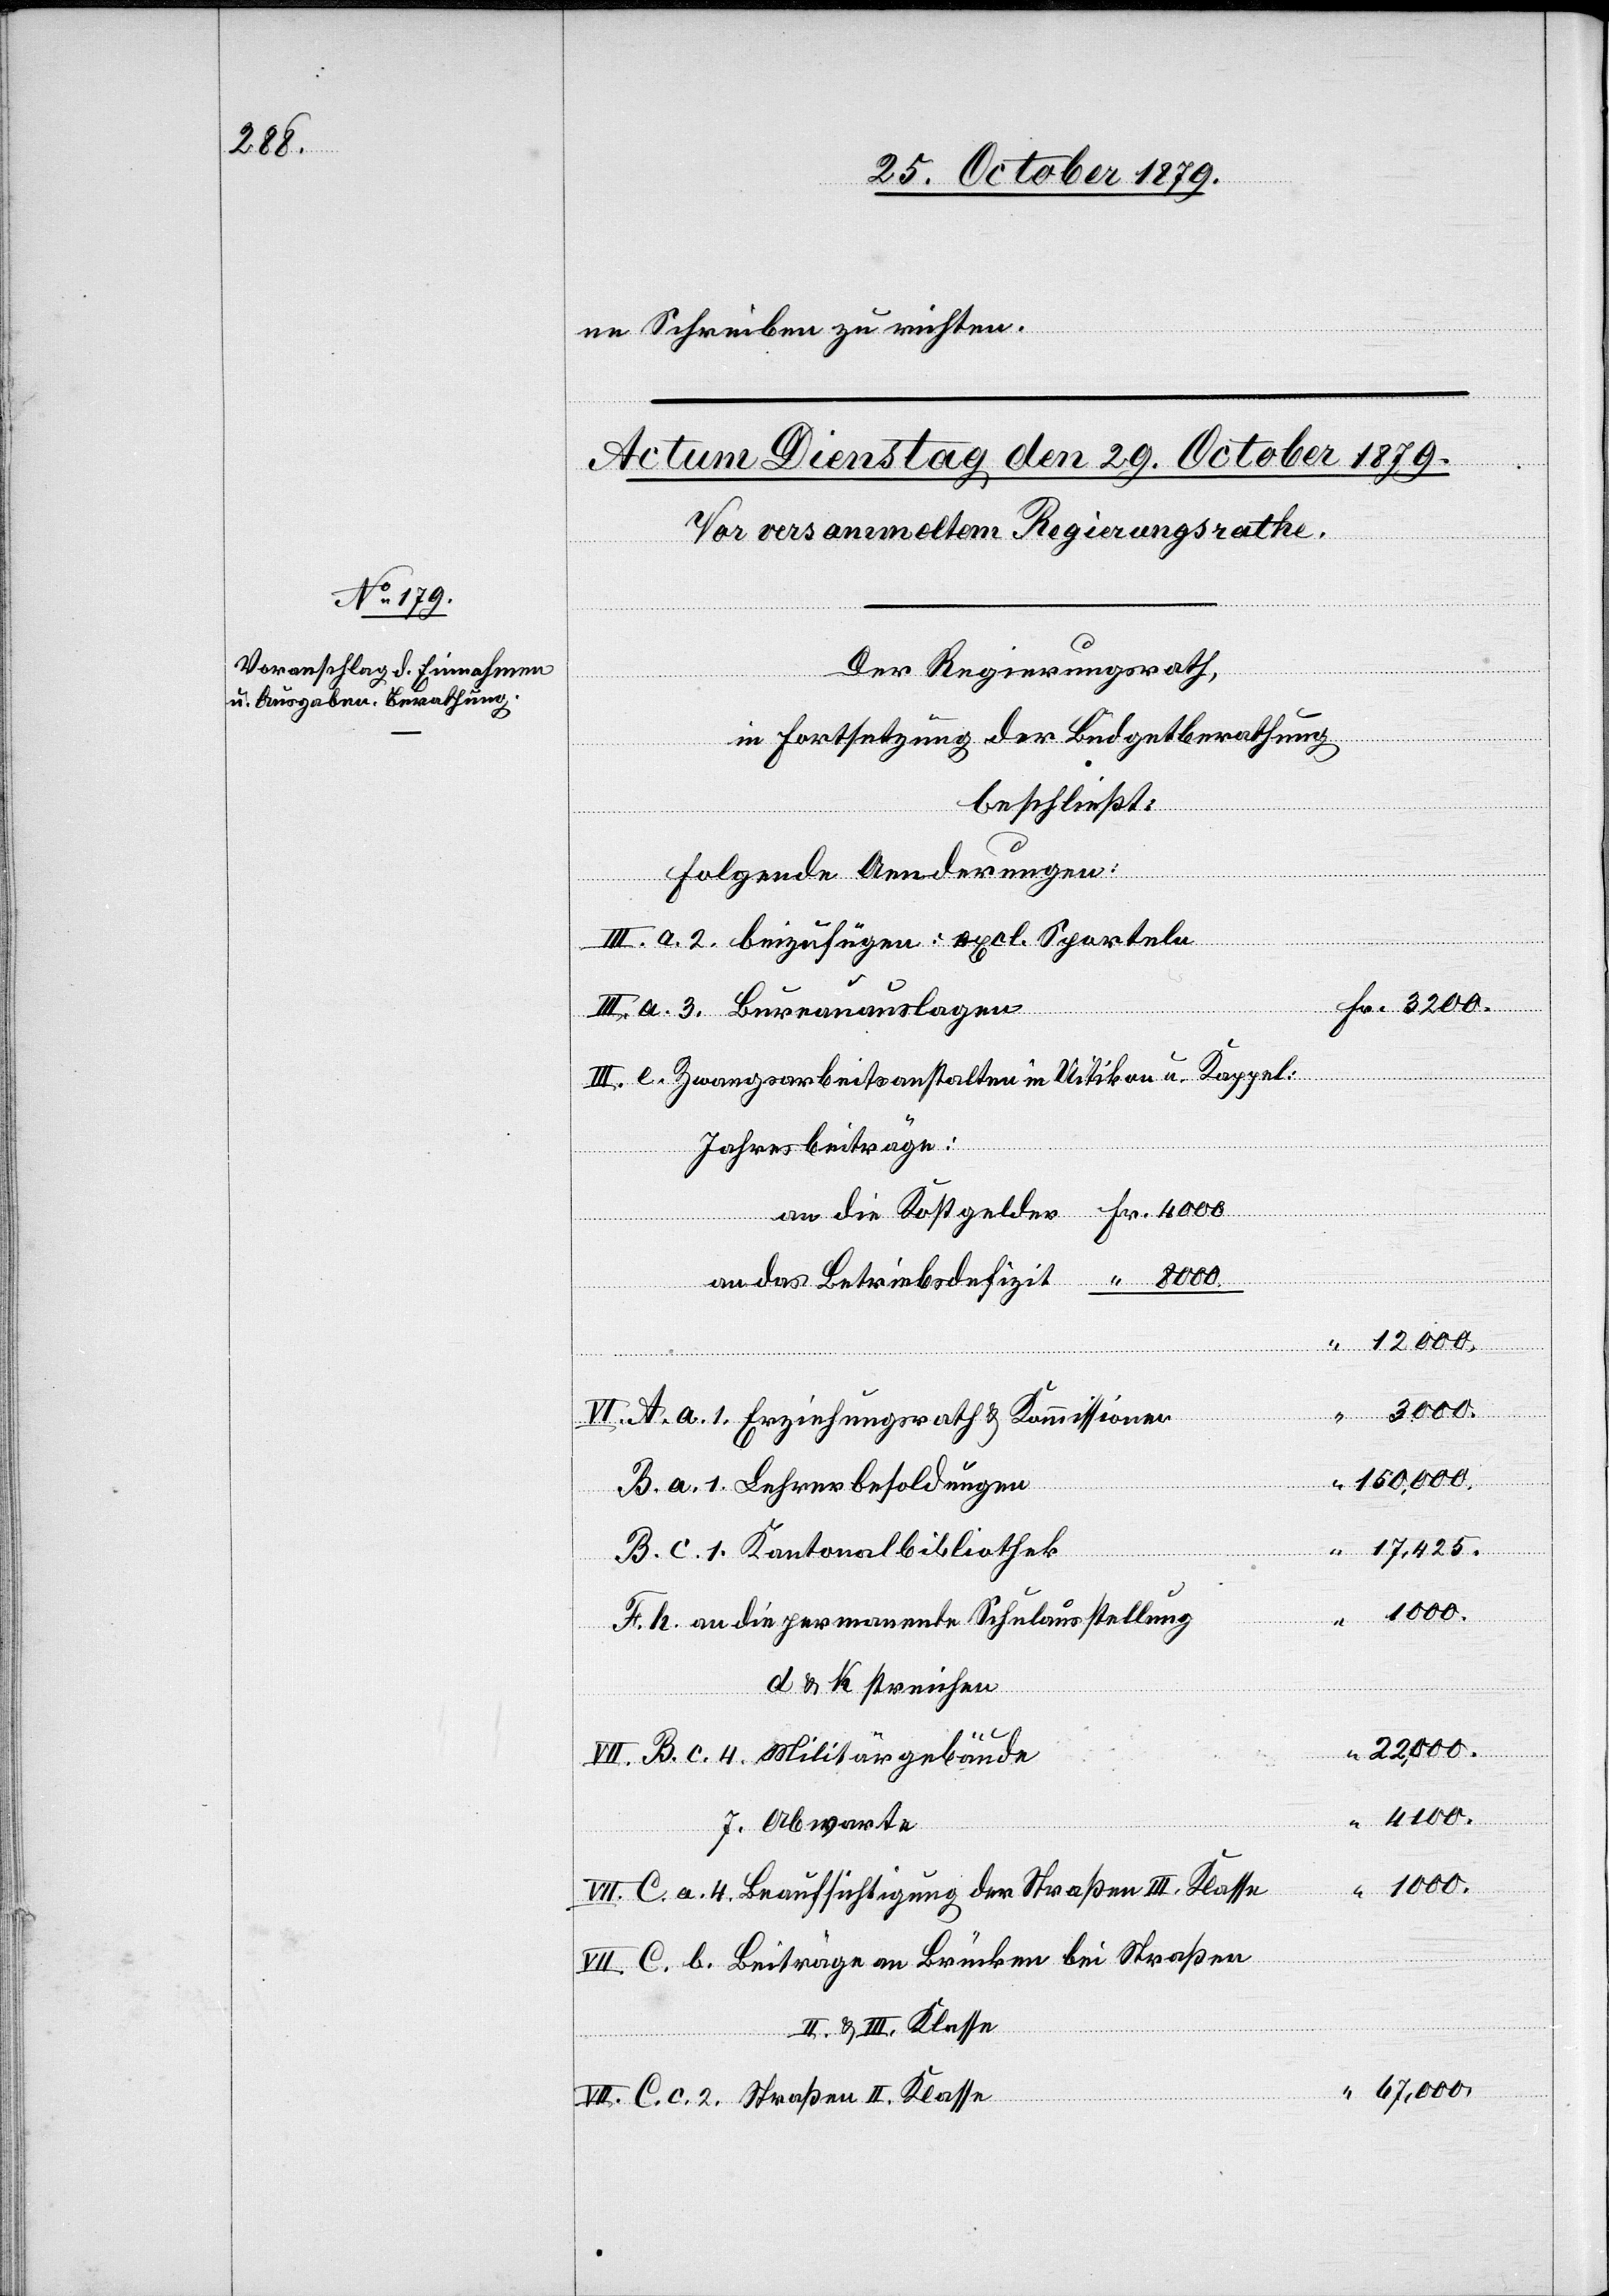
4100.

“
ne Schreiben zu richten.
Der Regierungsrath,
in Fortsetzung der Budgetberathung
beschließt:
folgende Aenderungen:
Zwangsarbeitsanstalten in Uitikon u Kappel:
Jahresbeiträge:
F.
2.
Straße¬
“
150,000.
Brücken bei Straßen
1.
“ 8000
d & K streichen
c. 1.
22,000.
Abwarte
1000.
n II. Klasse
67,000.